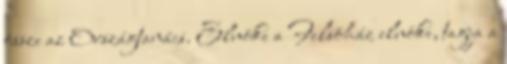
össze az Országtanács. Elnöke a Felsõház elnöke, tagja a